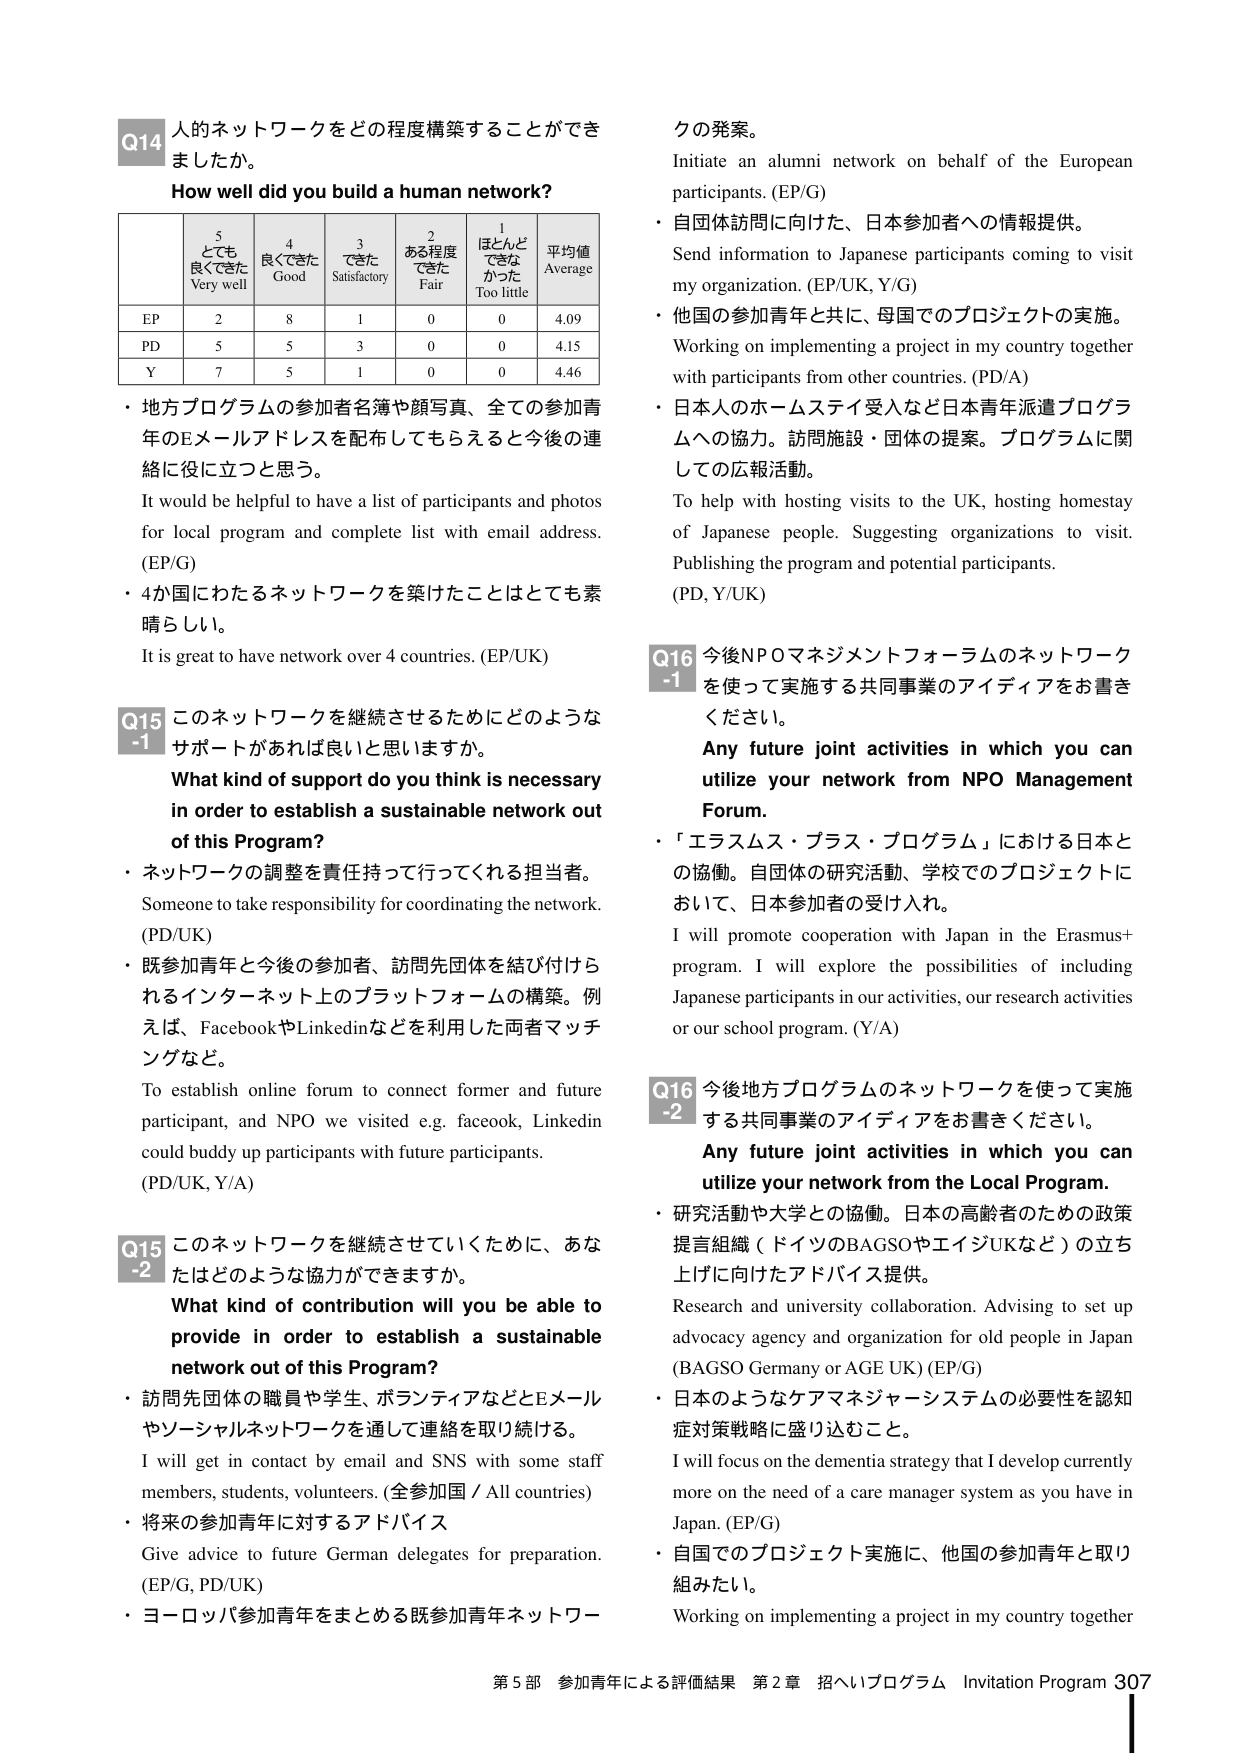
Q14 人的ネットワークをどの程度構築することができましたか。
How well did you build a human network?

| | 5 とても良くてきた Very well | 4 良くできた Good | 3 できた Satisfactory | 2 ある程度できた Fair | 1 ほとんどできなかった Too little | 平均値 Average |
|---|---|---|---|---|---|---|
| EP | 2 | 8 | 1 | 0 | 0 | 4.09 |
| PD | 5 | 5 | 3 | 0 | 0 | 4.15 |
| Y | 7 | 5 | 1 | 0 | 0 | 4.46 |

・地方プログラムの参加者名簿や顔写真、全ての参加青年のEメールアドレスを配布してもらえると今後の連絡に役に立つと思う。
It would be helpful to have a list of participants and photos for local program and complete list with email address. (EP/G)

・4か国にわたるネットワークを築けたことはとても素晴らしい。
It is great to have network over 4 countries. (EP/UK)

Q15 -1 このネットワークを継続させるためにどのようなサポートがあれば良いと思いますか。
What kind of support do you think is necessary in order to establish a sustainable network out of this Program?

・ネットワークの調整を責任持って行ってくれる担当者。
Someone to take responsibility for coordinating the network. (PD/UK)

・既参加青年と今後の参加者、訪問先団体を結び付けられるインターネット上のプラットフォームの構築。例えば、FacebookやLinkedInなどを利用した両者マッチングなど。
To establish online forum to connect former and future participant, and NPO we visited e.g. facebook, Linkedin could buddy up participants with future participants. (PD/UK, Y/A)

Q15 -2 このネットワークを継続させていくために、あなたはどのような協力ができますか。
What kind of contribution will you be able to provide in order to establish a sustainable network out of this Program?

・訪問先団体の職員や学生、ボランティアなどとEメールやソーシャルネットワークを通して連絡を取り続ける。
I will get in contact by email and SNS with some staff members, students, volunteers. (全参加国 / All countries)

・将来の参加青年に対するアドバイス
Give advice to future German delegates for preparation. (EP/G, PD/UK)

・ヨーロッパ参加青年をまとめる既参加青年ネットワークの発案。
Initiate an alumni network on behalf of the European participants. (EP/G)

・自団体訪問に向けた、日本参加者への情報提供。
Send information to Japanese participants coming to visit my organization. (EP/UK, Y/G)

・他国の参加青年と共に、母国でのプロジェクトの実施。
Working on implementing a project in my country together with participants from other countries. (PD/A)

・日本人のホームステイ受入など日本青年派遣プログラムへの協力。訪問施設・団体の提案。プログラムに関しての広報活動。
To help with hosting visits to the UK, hosting homestay of Japanese people. Suggesting organizations to visit. Publishing the program and potential participants. (PD, Y/UK)

Q16 -1 今後NPOマネジメントフォーラムのネットワークを使って実施する共同事業のアイディアをお書きください。
Any future joint activities in which you can utilize your network from NPO Management Forum.

・「エラスムス・プラス・プログラム」における日本との協働。自団体の研究活動、学校でのプロジェクトにおいて、日本参加者の受け入れ。
I will promote cooperation with Japan in the Erasmus+ program. I will explore the possibilities of including Japanese participants in our activities, our research activities or our school program. (Y/A)

Q16 -2 今後地方プログラムのネットワークを使って実施する共同事業のアイディアをお書きください。
Any future joint activities in which you can utilize your network from the Local Program.

・研究活動や大学との協働。日本の高齢者のための政策提言組織（ドイツのBAGSOやエイジUKなど）の立ち上げに向けたアドバイス提供。
Research and university collaboration. Advising to set up advocacy agency and organization for old people in Japan (BAGSO Germany or AGE UK) (EP/G)

・日本のようなケアマネジャーシステムの必要性を認知症対策戦略に盛り込むこと。
I will focus on the dementia strategy that I develop currently more on the need of a care manager system as you have in Japan. (EP/G)

・自国でのプロジェクト実施に、他国の参加青年と取り組みたい。
Working on implementing a project in my country together

第5部 参加青年による評価結果 第2章 招へいプログラム Invitation Program 307